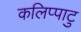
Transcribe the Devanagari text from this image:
कलिप्पाटु